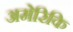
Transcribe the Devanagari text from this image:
अमेरिकि